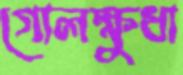
গোলক্ষুধা